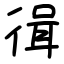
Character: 㣬